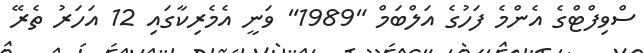
ސްވިފްޓްގެ އެންމެ ފަހުގެ އަލްބަމް "1989" ވަނީ އެމެރިކާގައި 12 އަހަރު ތެރޭ